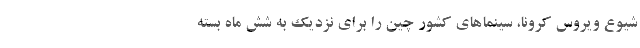
شیوع ویروس کرونا، سینما‌های کشور چین را برای نزدیک به شش ماه بسته